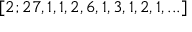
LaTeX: [ 2 ; 2 7 , 1 , 1 , 2 , 6 , 1 , 3 , 1 , 2 , 1 , . . . ]